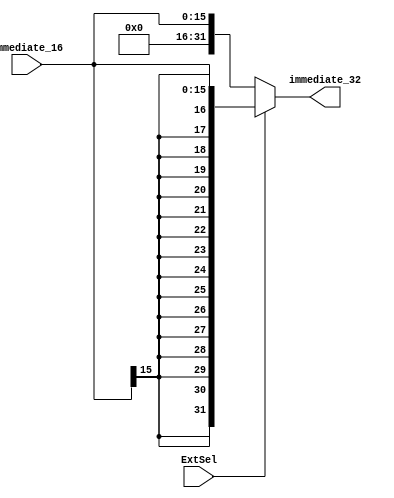
`timescale 1ns / 1ps
//////////////////////////////////////////////////////////////////////////////////
// Company: 
// Engineer: 
// 
// Design Name: 
// Module Name:    Extend 
// Project Name: 
// Target Devices: 
// Tool versions: 
// Description: 
//
// Dependencies: 
//
// Revision: 
// Revision 0.01 - File Created
// Additional Comments: 
//
//////////////////////////////////////////////////////////////////////////////////
module Extend(
	input[15:0] immediate_16,
    input ExtSel,
    output[31:0] immediate_32
    );
	assign immediate_32 = (ExtSel)? {{16{immediate_16[15]}}, immediate_16[15:0]} : {{16{1'b0}}, immediate_16[15:0]};

	
endmodule